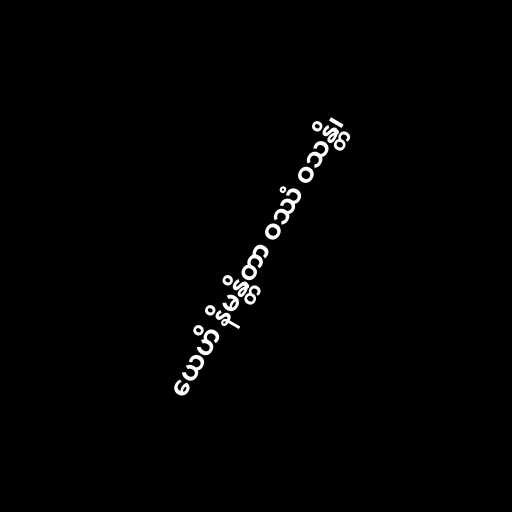
ယေဟိ နိမန္တိတာ ဝဿံ ဝသန္တိ၊